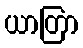
ယာတြာ